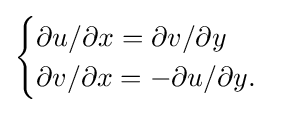
{\begin{cases}\partial u/\partial x=\partial v/\partial y\\\partial v/\partial x=-\partial u/\partial y.\end{cases}}